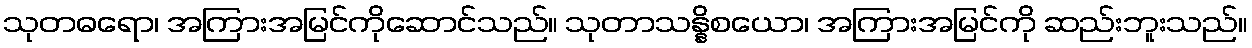
သုတဓရော၊ အကြားအမြင်ကိုဆောင်သည်။ သုတာသန္နိစယော၊ အကြားအမြင်ကို ဆည်းဘူးသည်။